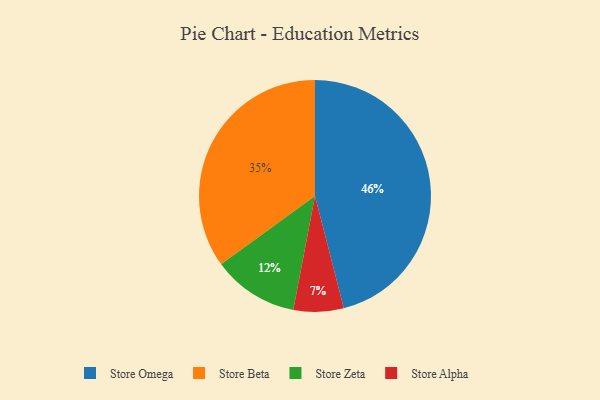
{"axis": {"x": "Category", "y": "Percentage"}, "legend": ["Store Alpha", "Store Beta", "Store Omega", "Store Zeta"], "data": [{"x": "Store Alpha", "y": 7, "type": "Store Alpha"}, {"x": "Store Beta", "y": 35, "type": "Store Beta"}, {"x": "Store Omega", "y": 46, "type": "Store Omega"}, {"x": "Store Zeta", "y": 12, "type": "Store Zeta"}]}